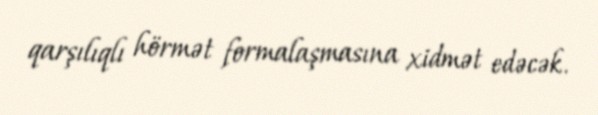
qarşılıqlı hörmət formalaşmasına xidmət edəcək.